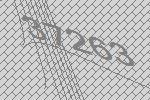
37263